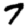
Digit: 7